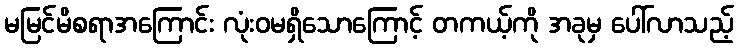
မမြင်မိစရာအကြောင်း လုံးဝမရှိသောကြောင့် တကယ့်ကို အခုမှ ပေါ်လာသည့်